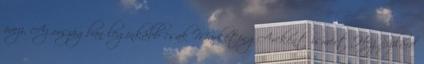
övezi. Az országban leginkább csak MarketingArcként ismert Héjj Szilárd